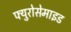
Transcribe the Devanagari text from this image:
फ्युरोसेमाइड